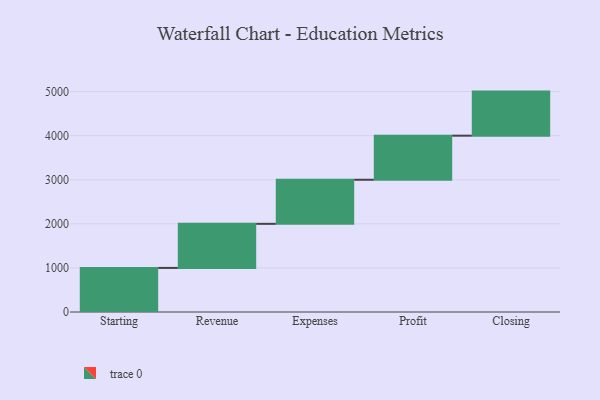
{"axis": {"x": "Step", "y": "Value"}, "legend": [""], "data": [{"x": "Starting", "y": 1000, "type": ""}, {"x": "Revenue", "y": 1000, "type": ""}, {"x": "Expenses", "y": 1000, "type": ""}, {"x": "Profit", "y": 1000, "type": ""}, {"x": "Closing", "y": 1000, "type": ""}]}